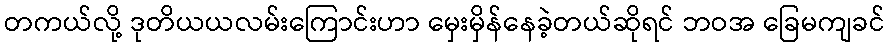
တကယ်လို့ ဒုတိယယလမ်းကြောင်းဟာ မှေးမှိန်နေခဲ့တယ်ဆိုရင် ဘဝအ ခြေမကျခင်